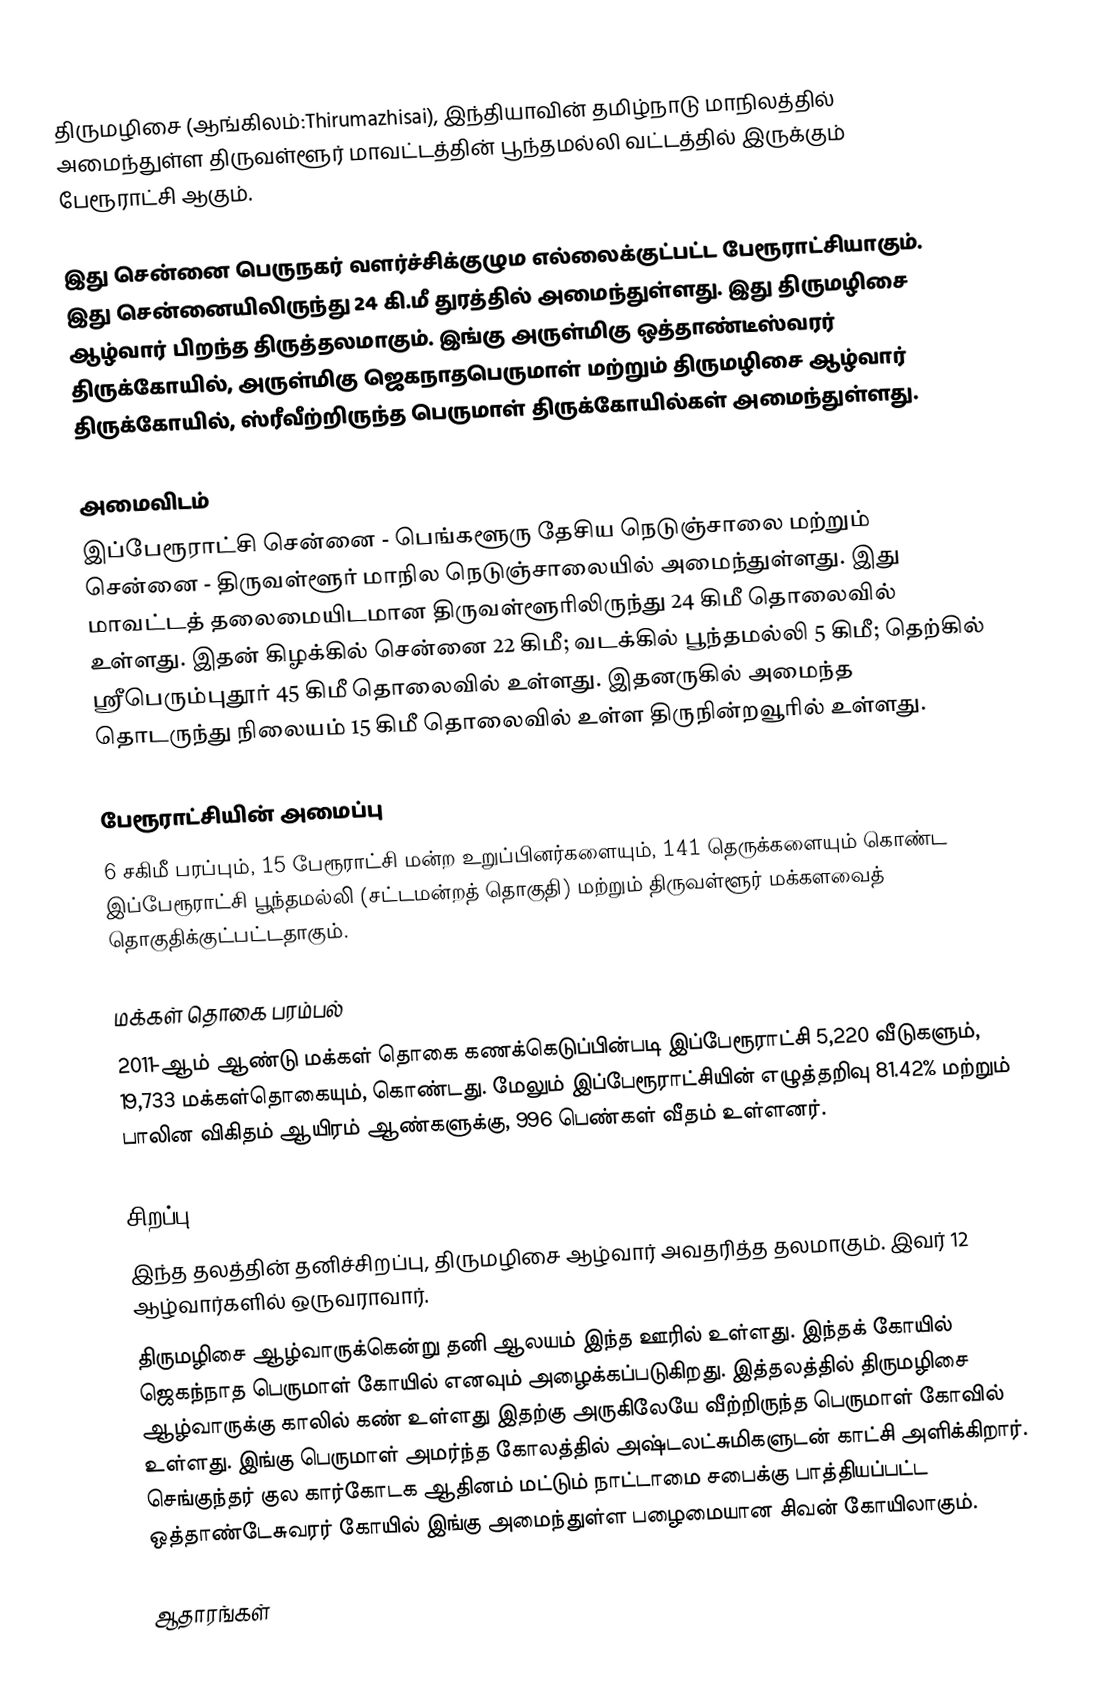
திருமழிசை (ஆங்கிலம்:Thirumazhisai), இந்தியாவின் தமிழ்நாடு மாநிலத்தில் அமைந்துள்ள திருவள்ளூர் மாவட்டத்தின் பூந்தமல்லி வட்டத்தில்  இருக்கும் பேரூராட்சி ஆகும்.

இது சென்னை பெருநகர் வளர்ச்சிக்குழும எல்லைக்குட்பட்ட பேரூராட்சியாகும். இது சென்னையிலிருந்து 24 கி.மீ துரத்தில் அமைந்துள்ளது. இது திருமழிசை ஆழ்வார் பிறந்த திருத்தலமாகும். இங்கு அருள்மிகு ஒத்தாண்டீஸ்வரர் திருக்கோயில், அருள்மிகு ஜெகநாதபெருமாள் மற்றும் திருமழிசை ஆழ்வார் திருக்கோயில், ஸ்ரீவீற்றிருந்த பெருமாள் திருக்கோயில்கள் அமைந்துள்ளது.

அமைவிடம்
இப்பேரூராட்சி சென்னை - பெங்களூரு தேசிய நெடுஞ்சாலை மற்றும் சென்னை - திருவள்ளூர் மாநில நெடுஞ்சாலையில் அமைந்துள்ளது.  இது மாவட்டத் தலைமையிடமான திருவள்ளூரிலிருந்து 24 கிமீ தொலைவில் உள்ளது. இதன் கிழக்கில் சென்னை 22 கிமீ;  வடக்கில் பூந்தமல்லி 5 கிமீ; தெற்கில் ஸ்ரீபெரும்புதூர் 45 கிமீ தொலைவில் உள்ளது. இதனருகில் அமைந்த தொடருந்து நிலையம் 15 கிமீ தொலைவில் உள்ள திருநின்றவூரில் உள்ளது.

பேரூராட்சியின் அமைப்பு
6 சகிமீ பரப்பும், 15  பேரூராட்சி மன்ற உறுப்பினர்களையும், 141 தெருக்களையும்  கொண்ட இப்பேரூராட்சி பூந்தமல்லி  (சட்டமன்றத் தொகுதி) மற்றும் திருவள்ளூர் மக்களவைத் தொகுதிக்குட்பட்டதாகும்.

மக்கள் தொகை பரம்பல்
2011-ஆம் ஆண்டு மக்கள் தொகை கணக்கெடுப்பின்படி   இப்பேரூராட்சி 5,220   வீடுகளும், 19,733  மக்கள்தொகையும், கொண்டது. மேலும் இப்பேரூராட்சியின் எழுத்தறிவு   81.42%  மற்றும்  பாலின விகிதம்   ஆயிரம் ஆண்களுக்கு, 996 பெண்கள் வீதம் உள்ளனர்.

சிறப்பு
இந்த தலத்தின் தனிச்சிறப்பு, திருமழிசை ஆழ்வார் அவதரித்த தலமாகும். இவர் 12 ஆழ்வார்களில் ஒருவராவார்.
திருமழிசை ஆழ்வாருக்கென்று தனி ஆலயம் இந்த ஊரில் உள்ளது. இந்தக் கோயில் ஜெகந்நாத பெருமாள் கோயில் எனவும் அழைக்கப்படுகிறது. இத்தலத்தில் திருமழிசை ஆழ்வாருக்கு காலில் கண் உள்ளது இதற்கு அருகிலேயே வீற்றிருந்த பெருமாள் கோவில் உள்ளது. இங்கு பெருமாள் அமர்ந்த கோலத்தில் அஷ்டலட்சுமிகளுடன் காட்சி அளிக்கிறார். செங்குந்தர் குல கார்கோடக ஆதினம் மட்டும் நாட்டாமை சபைக்கு பாத்தியப்பட்ட ஒத்தாண்டேசுவரர் கோயில் இங்கு அமைந்துள்ள பழைமையான சிவன் கோயிலாகும்.

ஆதாரங்கள்